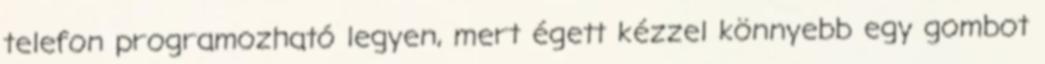
telefon programozható legyen, mert égett kézzel könnyebb egy gombot